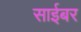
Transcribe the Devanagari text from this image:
साईबर